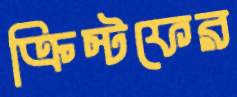
ক্রিস্টফের